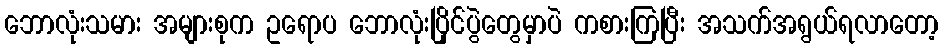
ဘောလုံးသမား အများစုက ဥရောပ ဘောလုံးပြိုင်ပွဲတွေမှာပဲ ကစားကြပြီး အသက်အရွယ်ရလာတော့